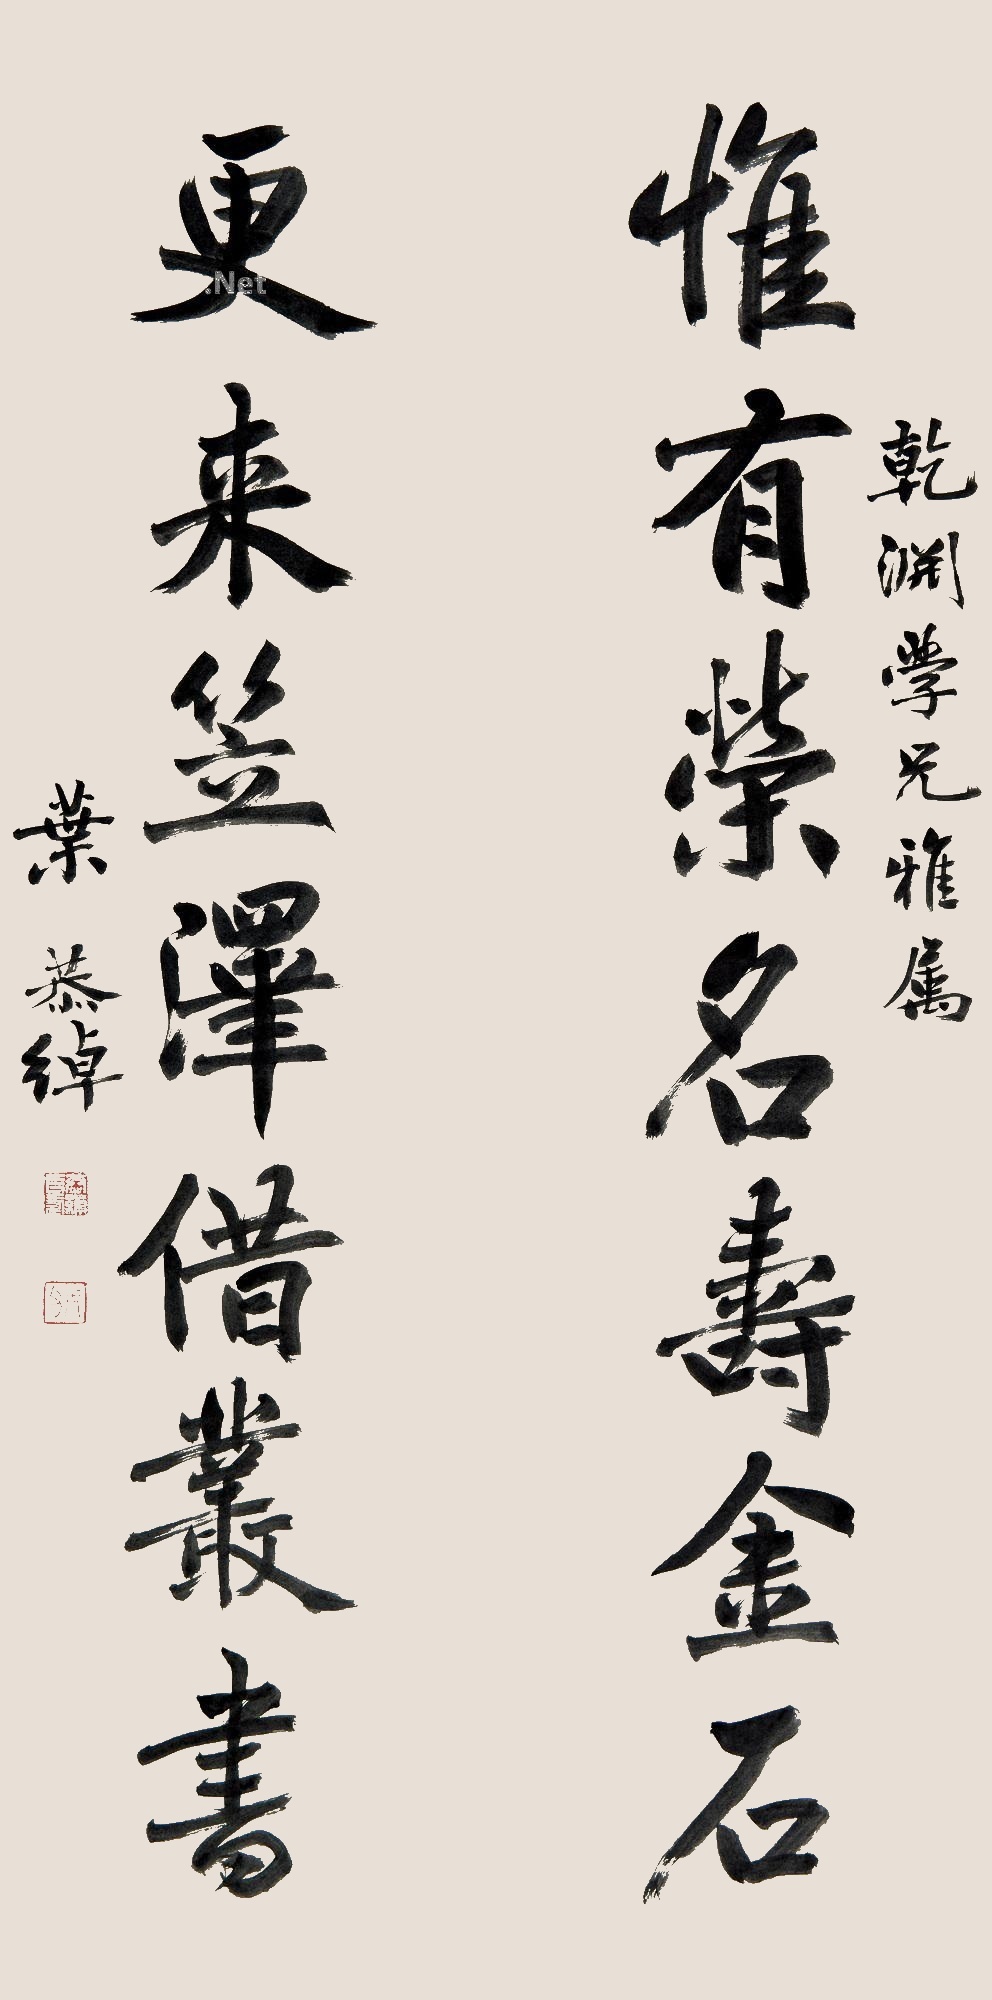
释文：惟有荣名寿金石更来笠泽借丛书干渊学兄雅属，叶恭绰。